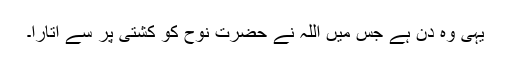
یہی وہ دن ہے جس میں اللہ نے حضرت نوحؑ کو کشتی پر سے اتارا۔